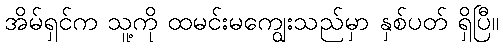
အိမ်ရှင်က သူ့ကို ထမင်းမကျွေးသည်မှာ နှစ်ပတ် ရှိပြီ။